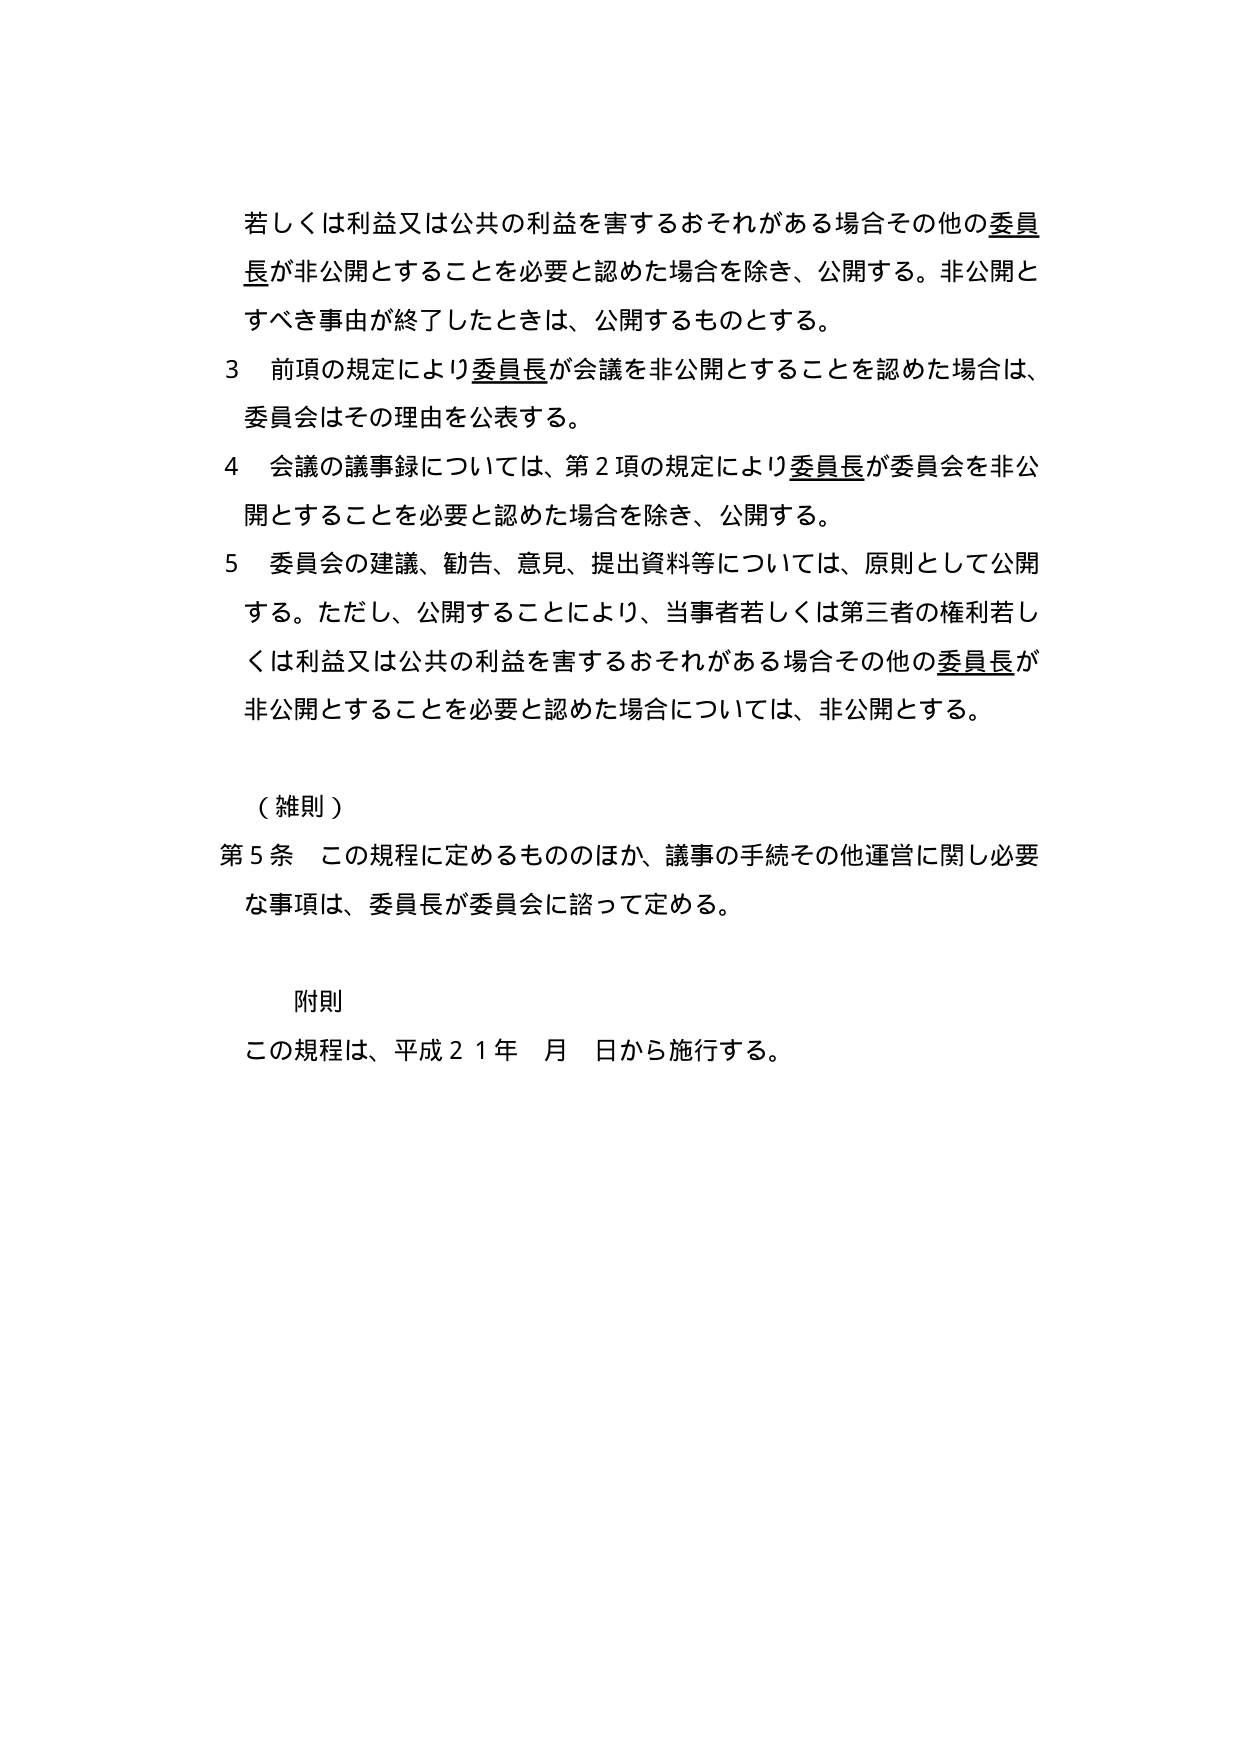
若しくは利益又は公共の利益を害するおそれがある場合その他の委員長が非公開とすることを必要と認めた場合を除き、公開する。非公開とすべき事由が終了したときは、公開するものとする。

3 前項の規定により委員長が会議を非公開とすることを認めた場合は、委員会はその理由を公表する。

4 会議の議事録については、第2項の規定により委員長が委員会を非公開とすることを必要と認めた場合を除き、公開する。

5 委員会の建議、勧告、意見、提出資料等については、原則として公開する。ただし、公開することにより、当事者若しくは第三者の権利若しくは利益又は公共の利益を害するおそれがある場合その他の委員長が非公開とすることを必要と認めた場合については、非公開とする。

（雑則）

第5条 この規程に定めるもののほか、議事の手続その他運営に関し必要な事項は、委員長が委員会に諮って定める。

附則

この規程は、平成21年 月 日から施行する。